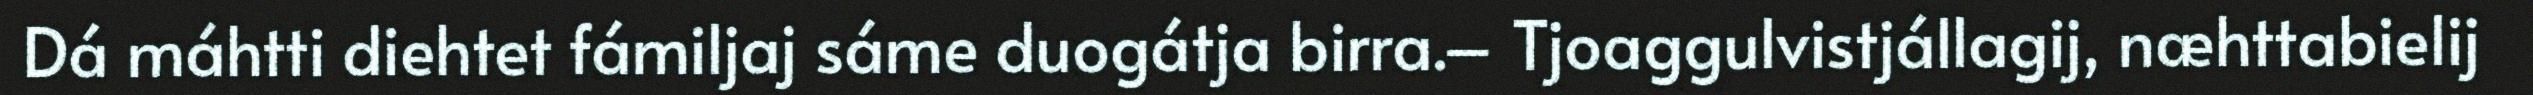
Dá máhtti diehtet fámiljaj sáme duogátja birra.– Tjoaggulvistjállagij, næhttabielij